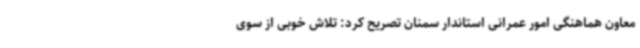
معاون هماهنگی امور عمرانی استاندار سمنان تصریح کرد: تلاش خوبی از سوی